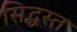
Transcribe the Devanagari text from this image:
सिद्धस्त